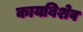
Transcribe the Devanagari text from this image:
कायबिशेव